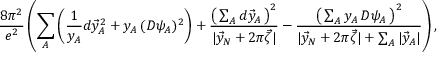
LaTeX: \frac { 8 \pi ^ { 2 } } { e ^ { 2 } } \left( \sum _ { A } \left( \frac { 1 } { y _ { A } } d \vec { y } _ { A } ^ { 2 } + y _ { A } \, ( D \psi _ { A } ) ^ { 2 } \right) + \frac { \left( \, \sum _ { A } d \vec { y } _ { A } \, \right) ^ { 2 } } { | \vec { y } _ { N } + 2 \pi \vec { \zeta } | } - \frac { \left( \, \sum _ { A } y _ { A } \, D \psi _ { A } \, \right) ^ { 2 } } { | \vec { y } _ { N } + 2 \pi \vec { \zeta } | + \sum _ { A } | \vec { y } _ { A } | } \right) ,